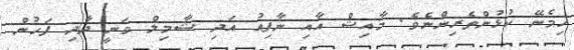
ހިމެނޭ ކުޅުންތެރިންނެވެ. މާއިޝް އާއި ނާފިއު އަދި ޝާމިލް ވަނީ ދާދި ފަހުން